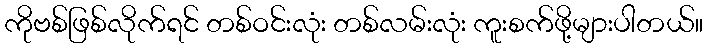
ကိုဗစ်ဖြစ်လိုက်ရင် တစ်ဝင်းလုံး တစ်လမ်းလုံး ကူးစက်ဖို့များပါတယ်။